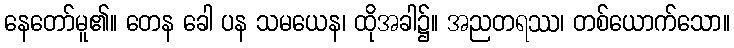
နေတော်မူ၏။ တေန ခေါ ပန သမယေန၊ ထိုအခါ၌။ အညတရဿ၊ တစ်ယောက်သော။